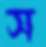
স